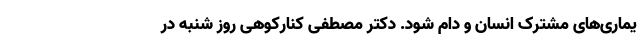
یماری‌های مشترک انسان و دام شود. دکتر مصطفی کنارکوهی روز شنبه در